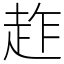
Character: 䞢